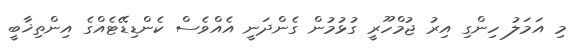
މި އަމަލު ހިންގި އިރު ޖުމްހޫރީ ގުޅުމުން ގެންދަނީ އެއްވެސް ކެންޑިޑޭޓެއްގެ އިންތިޚާބީ